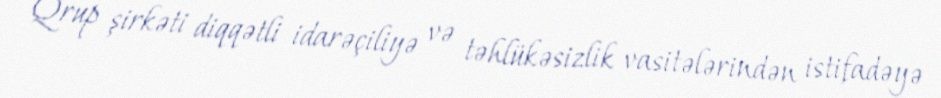
Qrup şirkəti diqqətli idarəçiliyə və təhlükəsizlik vasitələrindən istifadəyə